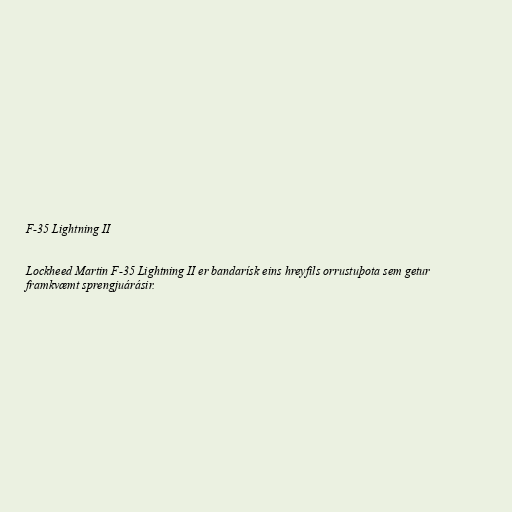
F-35 Lightning II

Lockheed Martin F-35 Lightning II er bandarísk eins hreyfils orrustuþota sem getur
framkvæmt sprengjuárásir.